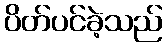
ပိတ်ပင်ခဲ့သည်